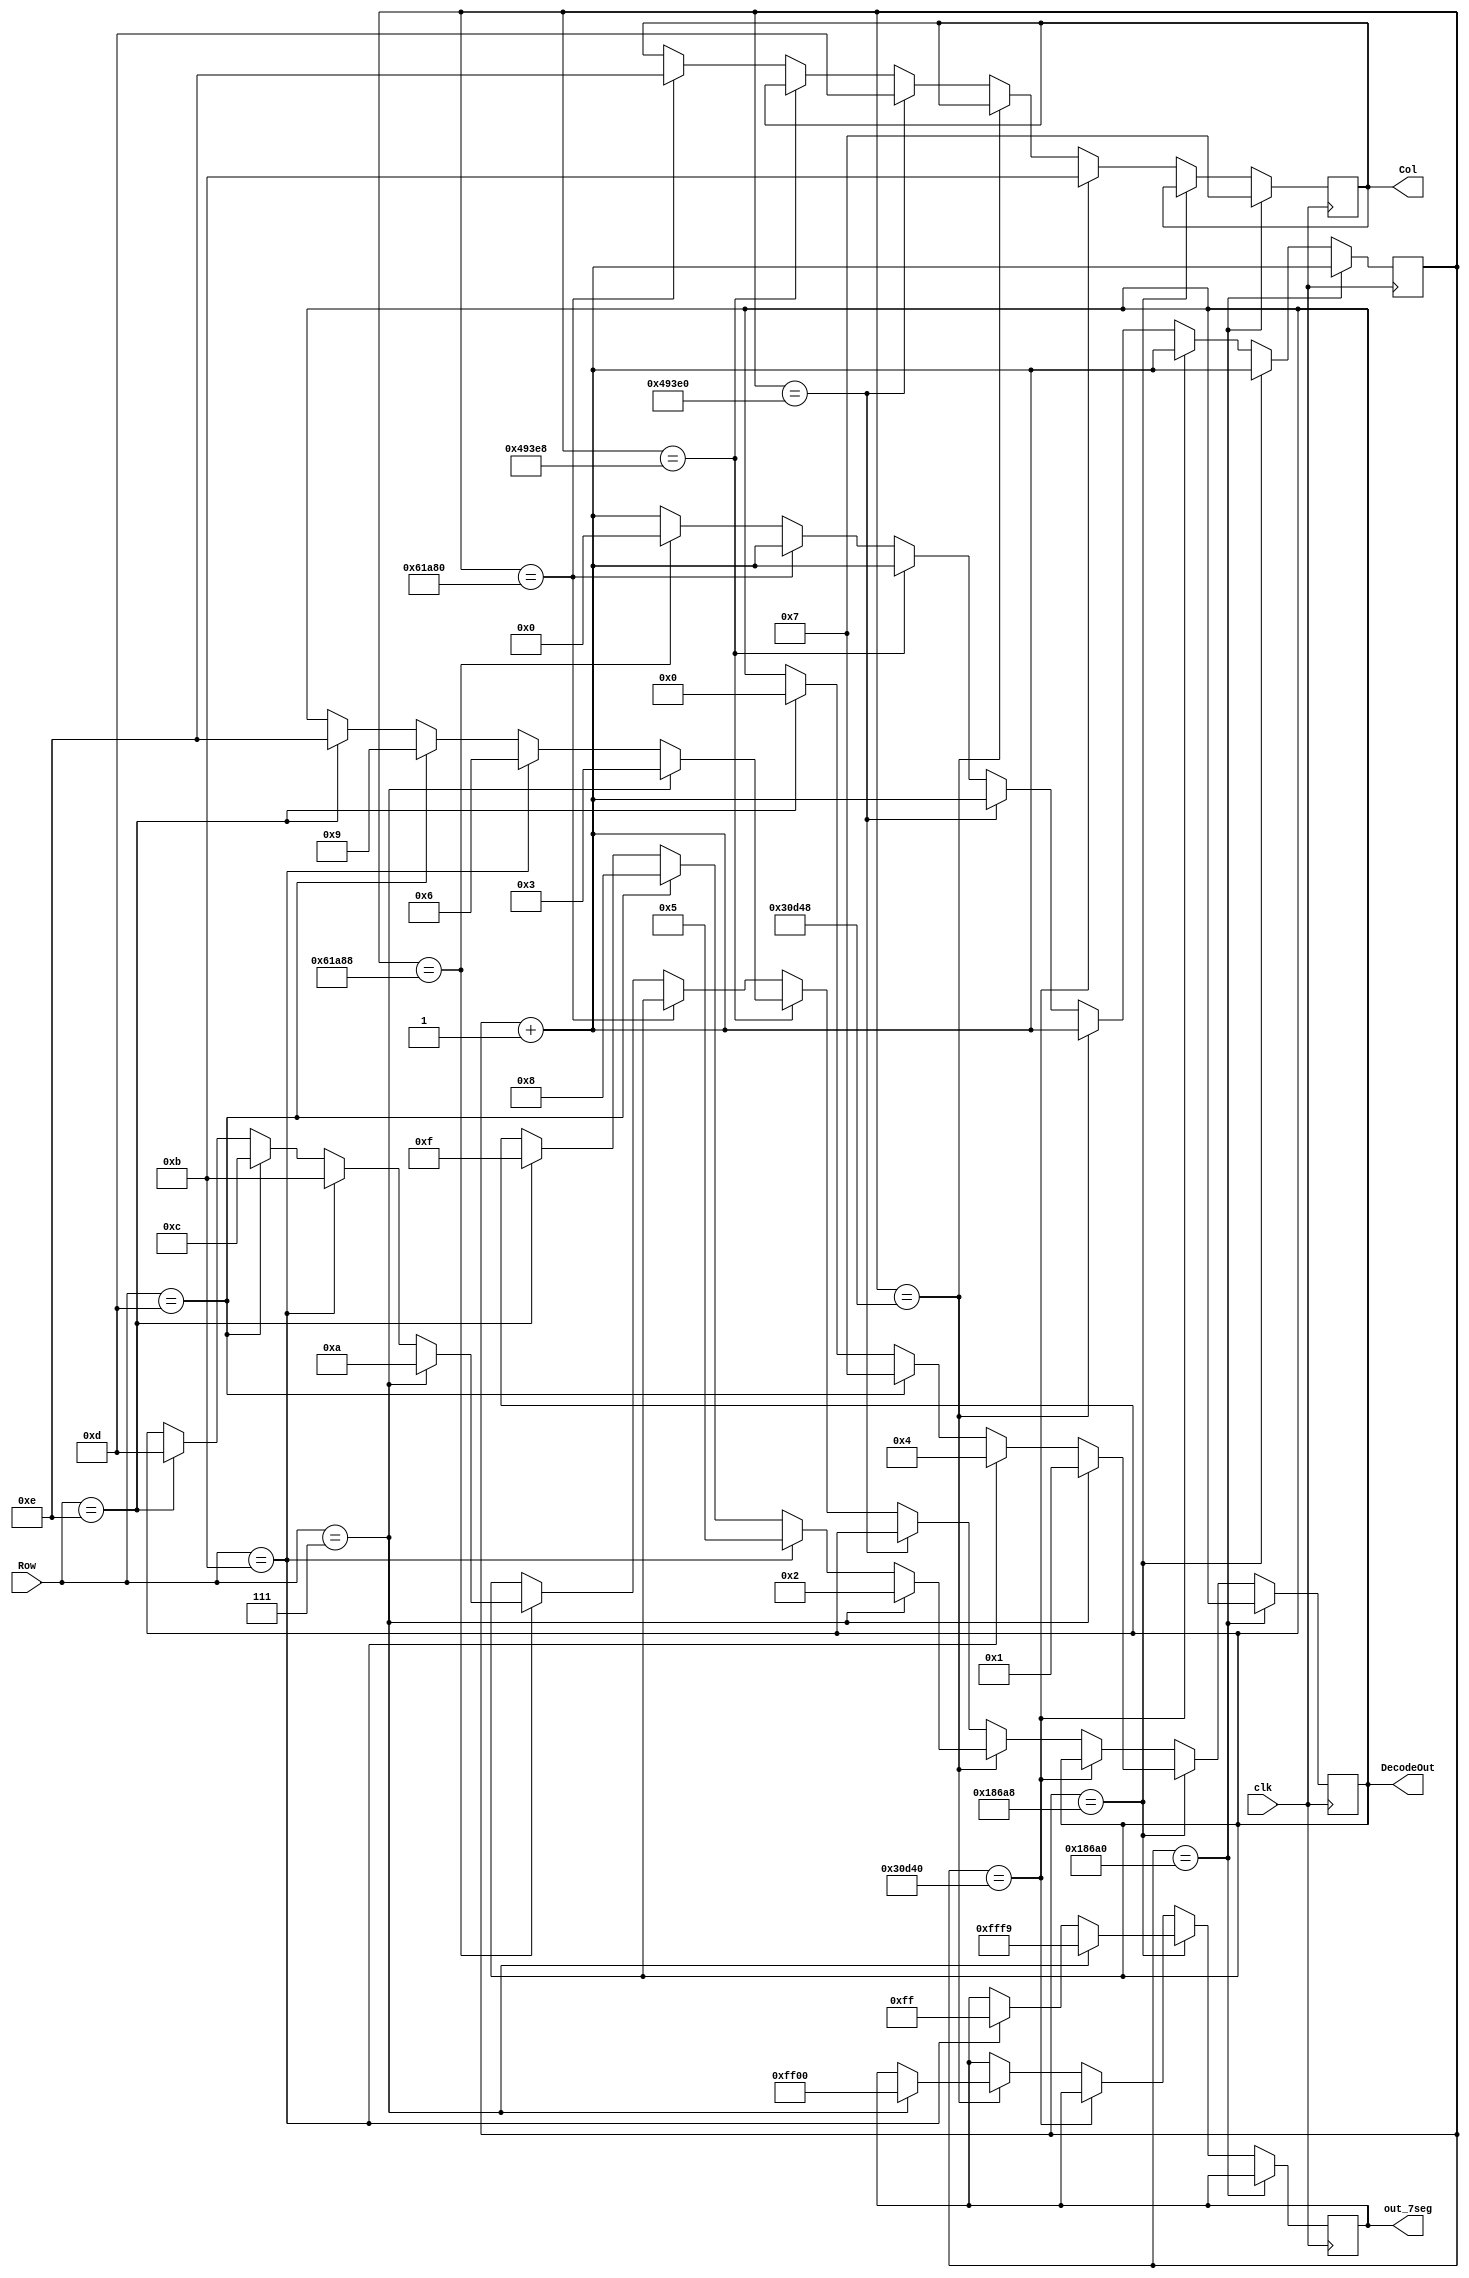
`timescale 1ns / 1ps

module keypad_nandland(
    clk,
    Row,
    Col,
    DecodeOut,
	 out_7seg
    );

    input clk;						// 100MHz onboard clock
    input [3:0] Row;				// Rows on KYPD
    output [3:0] Col;			// Columns on KYPD
    output [3:0] DecodeOut;	// Output data
	 output reg [15:0]out_7seg;
	// Output wires and registers
	reg [3:0] Col;
	reg [3:0] DecodeOut;
	
	// Count register
	reg [19:0] sclk;


	always @(posedge clk) begin

			// 1ms
			if (sclk == 20'b00011000011010100000) begin
				//C1
				Col <= 4'b0111;
				sclk <= sclk + 1'b1;
			end
			
			// check row pins
			else if(sclk == 20'b00011000011010101000) begin
				//R1
				if (Row == 4'b0111) begin
					DecodeOut <= 4'b0001;		//1
					out_7seg = ~(16'b00000000_00000110);
					
				end
				//R2
				else if(Row == 4'b1011) begin
					DecodeOut <= 4'b0100; 		//4
					out_7seg = ~(16'b11111111_00000000);
				end
				//R3
				else if(Row == 4'b1101) begin
					DecodeOut <= 4'b0111; 		//7
				end
				//R4
				else if(Row == 4'b1110) begin
					DecodeOut <= 4'b0000; 		//0
				end
				sclk <= sclk + 1'b1;
			end

			// 2ms
			else if(sclk == 20'b00110000110101000000) begin
				//C2
				Col<= 4'b1011;
				sclk <= sclk + 1'b1;
			end
			
			// check row pins
			else if(sclk == 20'b00110000110101001000) begin
				//R1
				if (Row == 4'b0111) begin
					DecodeOut <= 4'b0010; 		//2
					out_7seg = ~(16'b00000000_11111111);
				end
				//R2
				else if(Row == 4'b1011) begin
					DecodeOut <= 4'b0101; 		//5
				end
				//R3
				else if(Row == 4'b1101) begin
					DecodeOut <= 4'b1000; 		//8
				end
				//R4
				else if(Row == 4'b1110) begin
					DecodeOut <= 4'b1111; 		//F
				end
				sclk <= sclk + 1'b1;
			end

			//3ms
			else if(sclk == 20'b01001001001111100000) begin
				//C3
				Col<= 4'b1101;
				sclk <= sclk + 1'b1;
			end
			
			// check row pins
			else if(sclk == 20'b01001001001111101000) begin
				//R1
				if(Row == 4'b0111) begin
					DecodeOut <= 4'b0011; 		//3	
				end
				//R2
				else if(Row == 4'b1011) begin
					DecodeOut <= 4'b0110; 		//6
				end
				//R3
				else if(Row == 4'b1101) begin
					DecodeOut <= 4'b1001; 		//9
				end
				//R4
				else if(Row == 4'b1110) begin
					DecodeOut <= 4'b1110; 		//E
				end

				sclk <= sclk + 1'b1;
			end

			//4ms
			else if(sclk == 20'b01100001101010000000) begin
				//C4
				Col<= 4'b1110;
				sclk <= sclk + 1'b1;
			end

			// Check row pins
			else if(sclk == 20'b01100001101010001000) begin
				//R1
				if(Row == 4'b0111) begin
					DecodeOut <= 4'b1010; //A
				end
				//R2
				else if(Row == 4'b1011) begin
					DecodeOut <= 4'b1011; //B
				end
				//R3
				else if(Row == 4'b1101) begin
					DecodeOut <= 4'b1100; //C
				end
				//R4
				else if(Row == 4'b1110) begin
					DecodeOut <= 4'b1101; //D
				end
				sclk <= 20'b00000000000000000000;
			end

			// Otherwise increment
			else begin
				sclk <= sclk + 1'b1;
			end
			
	end

endmodule